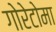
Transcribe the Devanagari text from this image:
गोरेटोमा